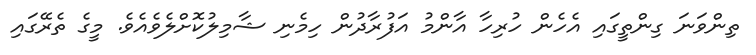
ތިންވަނަ ގިންތީގައި އެހެން ހުރިހާ އާންމު އަފުރާދުން ހިމެނި ޝާމިލުކޮށްލެވެއެވެ. މީގެ ތެރޭގައި